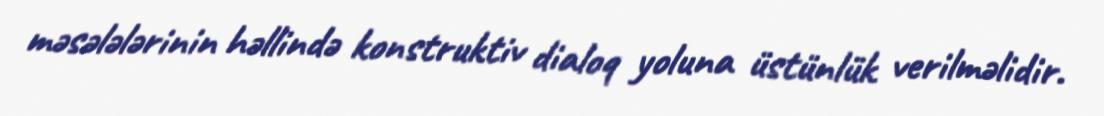
məsələlərinin həllində konstruktiv dialoq yoluna üstünlük verilməlidir.